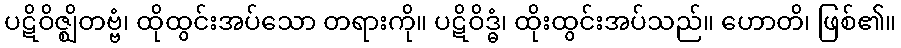
ပဋိဝိဇ္ဈိတဗ္ဗံ၊ ထိုထွင်းအပ်သော တရားကို။ ပဋိဝိဒ္ဓံ၊ ထိုးထွင်းအပ်သည်။ ဟောတိ၊ ဖြစ်၏။